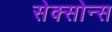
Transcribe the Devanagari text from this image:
सेक्सोन्स